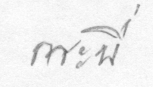
กระบี่